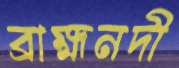
ব্রাহ্মনদী